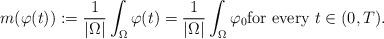
LaTeX: \begin{align*} m(\varphi(t)) := \frac{1}{|\Omega|} \int_{\Omega} \varphi(t) = \frac{1}{|\Omega|} \int_{\Omega} \varphi_0 \textrm{for every $t \in (0,T)$}.\end{align*}